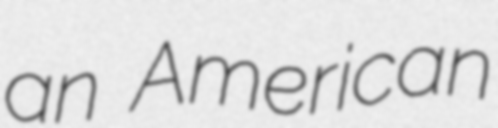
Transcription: an American